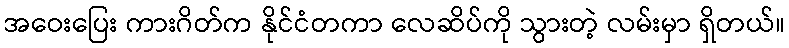
အဝေးပြေး ကားဂိတ်က နိုင်ငံတကာ လေဆိပ်ကို သွားတဲ့ လမ်းမှာ ရှိတယ်။